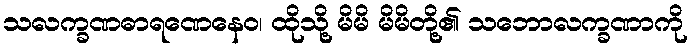
သလက္ခဏဓာရဏေနေဝ၊ ထိုသို့ မိမိ မိမိတို့၏ သဘောလက္ခဏာကို